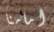
امامنا